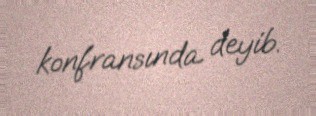
konfransında deyib.